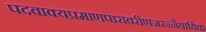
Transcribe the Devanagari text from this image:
पदवाक्यप्रमाणपारावरीणजरन्नैयायिक